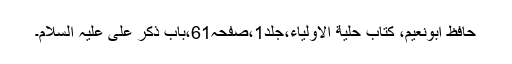
حافظ ابونعیم، کتاب حلیة الاولیاء،جلد1،صفحہ61،بابِ ذکر ِعلی علیہ السلام۔